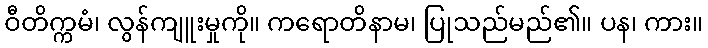
ဝီတိက္ကမံ၊ လွန်ကျူးမှုကို။ ကရောတိနာမ၊ ပြုသည်မည်၏။ ပန၊ ကား။